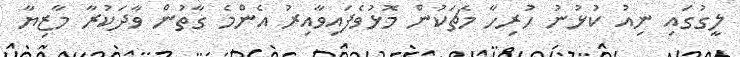
ލީގުގައި ނިއު ކުޅުނު ހުރިހާ މެޗަކުން މޮޅުވެފައިވާއިރު އެންމެ ގާތުން ވާދަކުރާ މާޒިޔާ